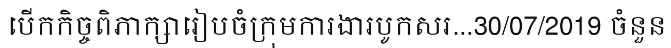
បើកកិច្ចពិភាក្សារៀបចំក្រុមការងារបូកសរ...30/07/2019 ចំនួន